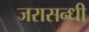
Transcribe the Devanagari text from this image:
जरासन्धी